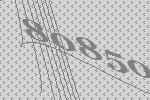
80850